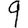
Digit: 9